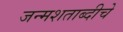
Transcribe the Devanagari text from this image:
जन्मशताब्दीचे